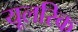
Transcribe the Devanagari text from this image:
यूलरिक